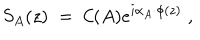
LaTeX: S _ { A } ( z ) \; = \; { \cal C } ( A ) e ^ { i \alpha _ { A } \cdot \phi ( z ) } \; ,